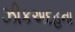
ઝીકઅદહના